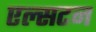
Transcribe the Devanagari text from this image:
एल्सटन